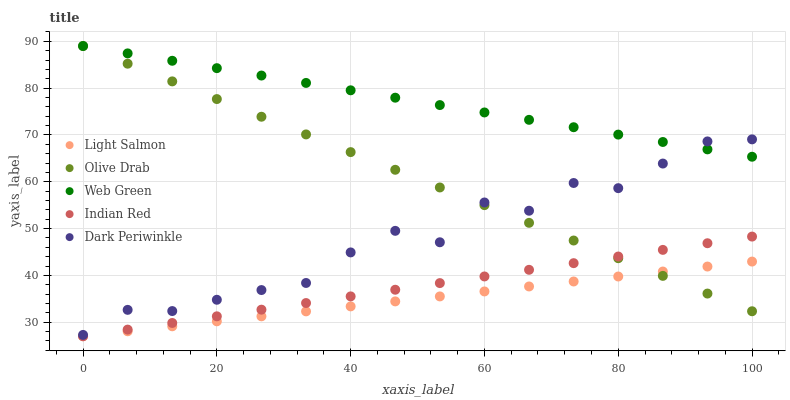
| xaxis_label | Light Salmon | Olive Drab | Web Green | Indian Red | Dark Periwinkle |
 | --- | --- | --- | --- | --- | --- |
 | 0 | 27 | 89 | 89 | 27 | 27.3 |
 | 6.67 | 28.1 | 85.2 | 87.4 | 28.4 | 32.6 |
 | 13.3 | 29.1 | 81.4 | 85.8 | 29.8 | 32.4 |
 | 20 | 30.2 | 77.7 | 84.3 | 31.3 | 34.8 |
 | 26.7 | 31.3 | 73.9 | 82.7 | 32.7 | 36.9 |
 | 33.3 | 32.3 | 70.1 | 81.1 | 34.1 | 38.4 |
 | 40 | 33.4 | 66.3 | 79.5 | 35.5 | 44.9 |
 | 46.7 | 34.4 | 62.6 | 78 | 36.9 | 49.5 |
 | 53.3 | 35.5 | 58.8 | 76.4 | 38.4 | 47.1 |
 | 60 | 36.6 | 55 | 74.8 | 39.8 | 55.6 |
 | 66.7 | 37.6 | 51.2 | 73.2 | 41.2 | 53.8 |
 | 73.3 | 38.7 | 47.5 | 71.7 | 42.6 | 59.7 |
 | 80 | 39.8 | 43.7 | 70.1 | 44 | 58.6 |
 | 86.7 | 40.8 | 39.9 | 68.5 | 45.5 | 63.9 |
 | 93.3 | 41.9 | 36.1 | 66.9 | 46.9 | 68.6 |
 | 100 | 43 | 32.3 | 65.3 | 48.3 | 69.1 |